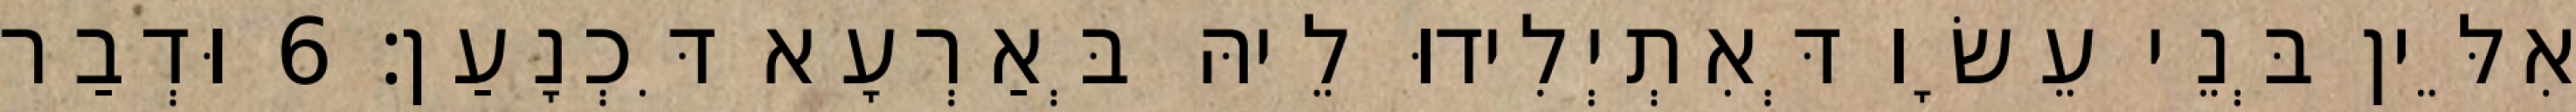
אִלֵּין בְּנֵי עֵשָׂו דְּאִתְיְלִידוּ לֵיהּ בְּאַרְעָא דִּכְנָעַן׃ 6 וּדְבַר